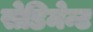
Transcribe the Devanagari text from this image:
सेडिमेन्ट